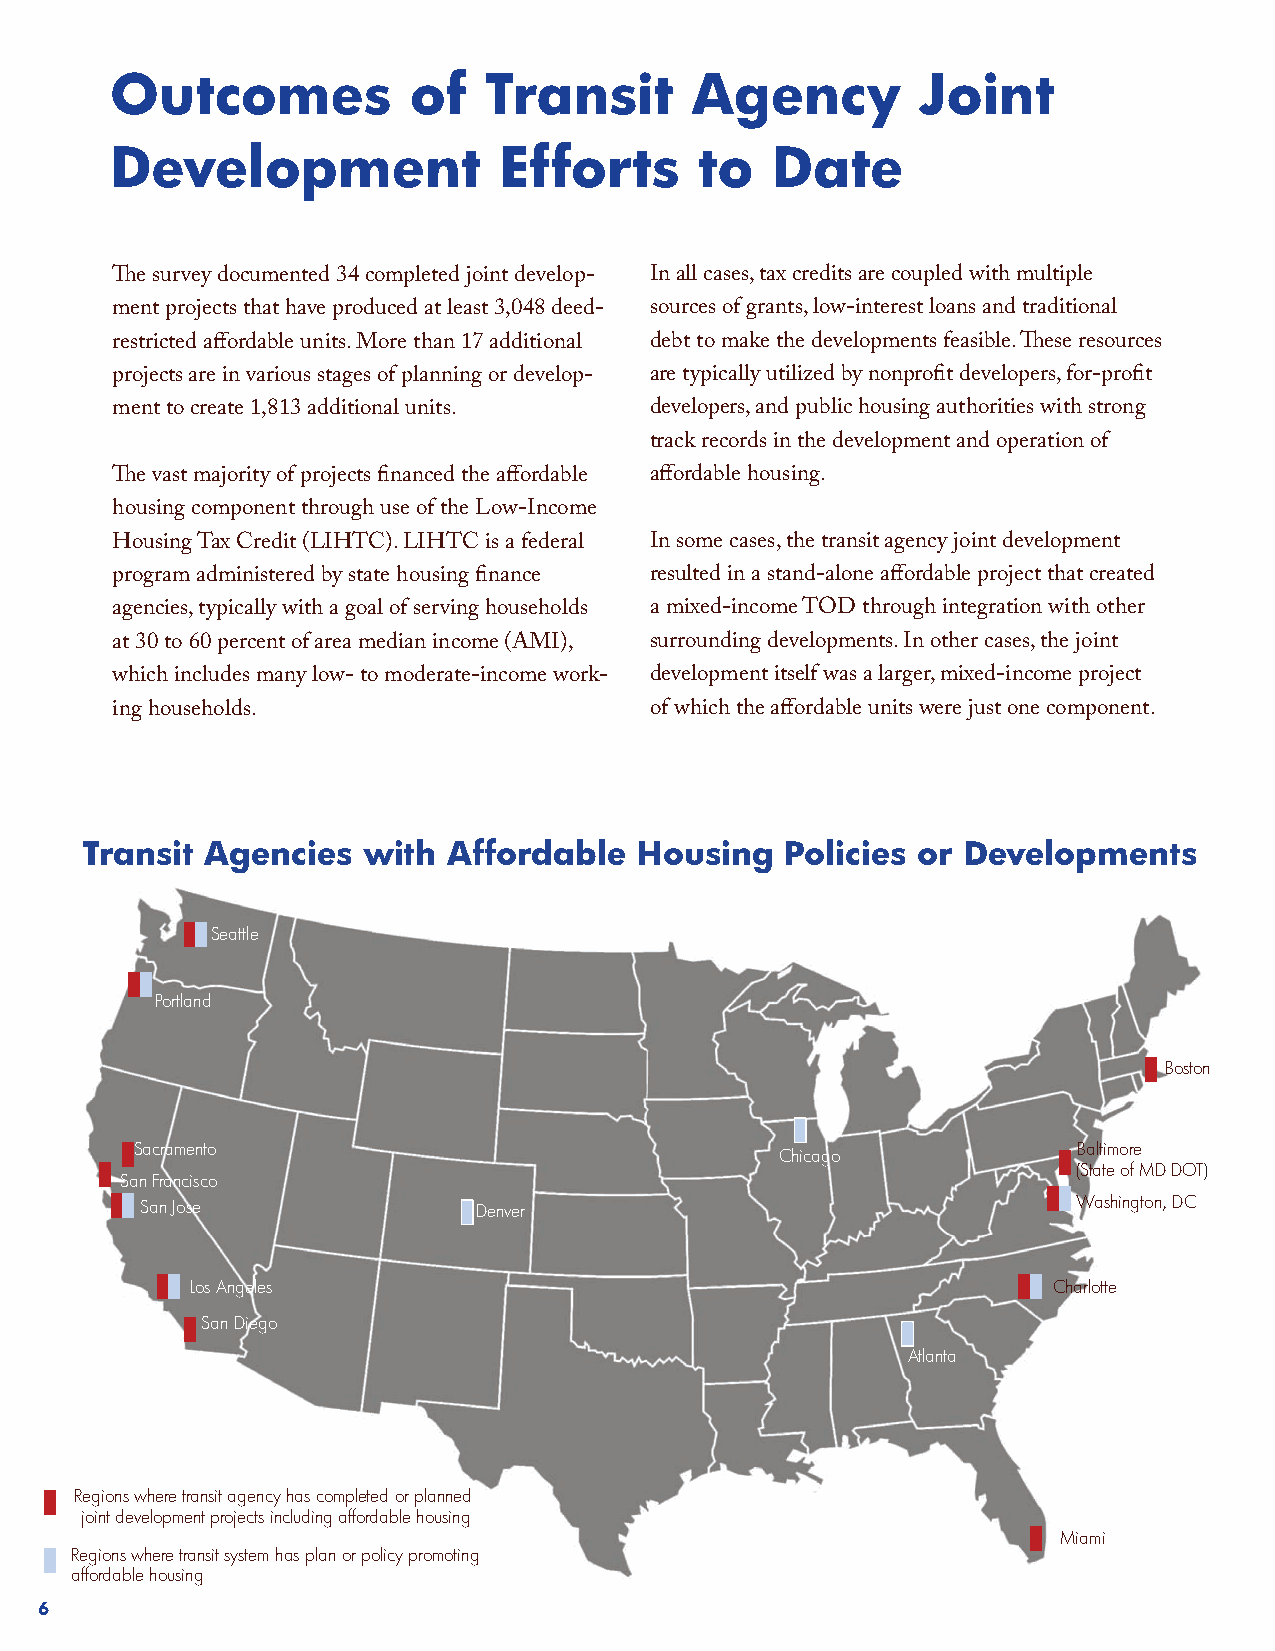
Outcomes            of   Transit       Agency         Joint
 Development               Efforts      to   Date
 The survey documented 34 completed joint develop- In all cases, tax credits are coupled with multiple
 ment projects that have produced at least 3,048 deed- sources of grants, low-interest loans and traditional
 restricted affordable units. More than 17 additional debt to make the developments feasible. These resources
 projects are in various stages of planning or develop- are typically utilized by nonprofit developers, for-profit
 ment to create 1,813 additional units. developers, and public housing authorities with strong
 track records in the development and operation of
 The vast majority of projects financed the affordable affordable housing.
 housing component through use of the Low-Income
 Housing Tax Credit (LIHTC). LIHTC is a federal In some cases, the transit agency joint development
 program administered by state housing finance resulted in a stand-alone affordable project that created
 agencies, typically with a goal of serving households a mixed-income TOD through integration with other
 at 30 to 60 percent of area median income (AMI), surrounding developments. In other cases, the joint
 which includes many low- to moderate-income work- development itself was a larger, mixed-income project
 ing households.                     of which the affordable units were just one component.
 Transit Agencies  with  Affordable  Housing   Policies or Developments
 Seattle
 Portland
 Boston
 Sacramento                                                    Baltimore
 Chicago
 (State of MD DOT)
 San Francisco
 San Jose               Denver                                 Washington, DC
 Los Angeles                                              Charlotte
 San Diego
 Atlanta
 Regions where transit agency has completed or planned
 joint development projects including affordable housing
 Miami
 Regions where transit system has plan or policy promoting
 affordable housing
 6